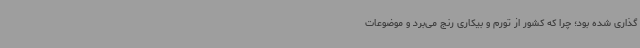
گذاری شده بود؛ چرا که کشور از تورم و بیکاری رنج می‌برد و موضوعات